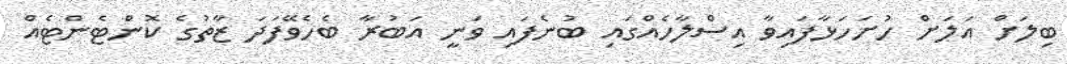
ބިލަށް އަލަށް ހުށަހަޅާފައިވާ އިސްލާހެއްގައި ބުނެފައި ވަނީ އަބުރާ ބެހެވޭފަދަ ޒާތުގެ ކޮންޓެންޓެއް